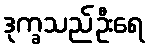
ဒုက္ခသည်ဦးရေ